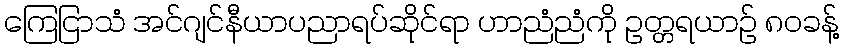
ကြေငြာသံ အင်ဂျင်နီယာပညာရပ်ဆိုင်ရာ ဟာညံညံကို ဥတ္တရယာဉ် ၈၀ခန့်